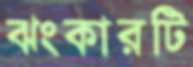
ঝংকারটি